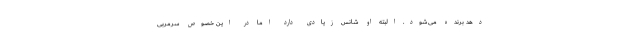
دهد برنده می‌شود. البته او شانس زیادی دارد اما در این خصوص سرمربی